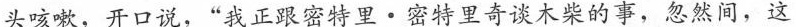
头咳嗽，开口说，“我正跟密特里·密特里奇谈木柴的事，忽然间，这